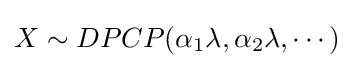
X\sim DPCP({\alpha _{1}}\lambda ,{\alpha _{2}}\lambda ,\cdots )